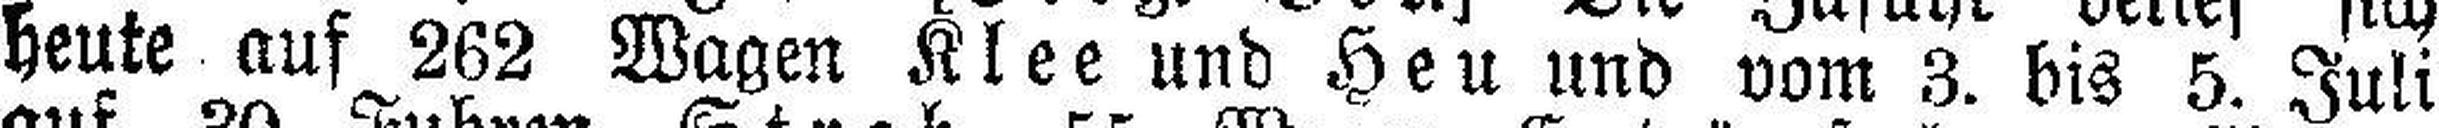
heute auf 262 Wagen Klee und Heu und vom 3. bis 5. Juli